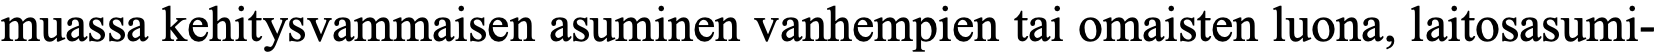
muassa kehitysvammaisen asuminen vanhempien tai omaisten luona, laitosasumi-